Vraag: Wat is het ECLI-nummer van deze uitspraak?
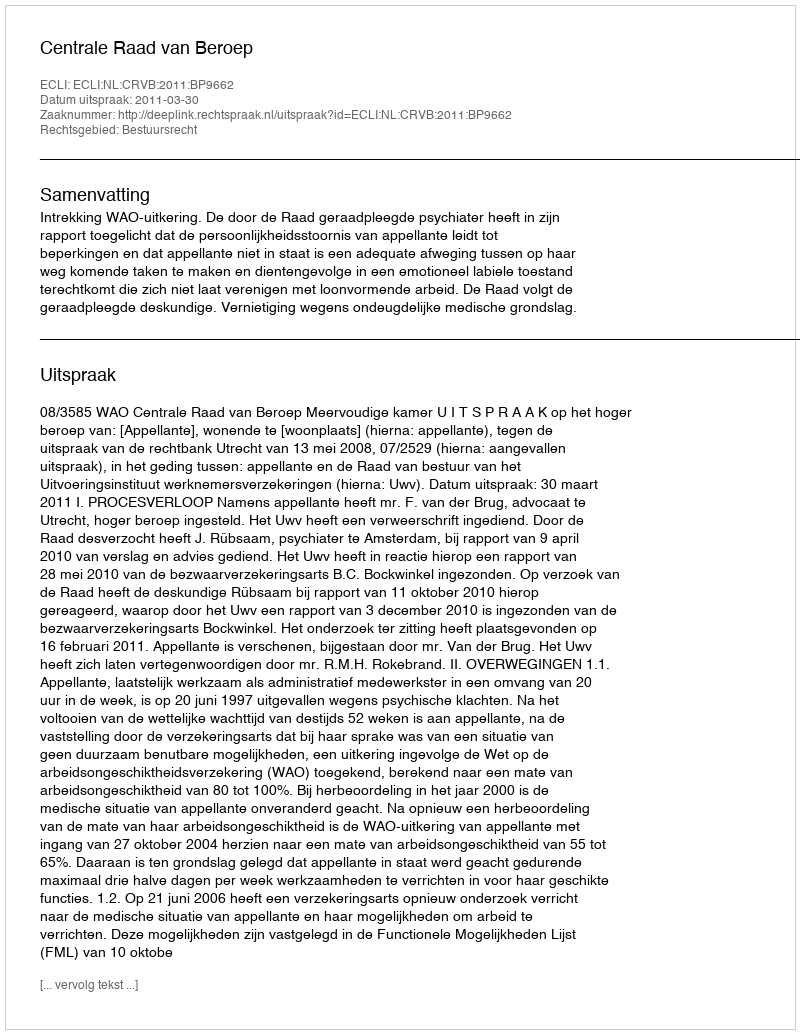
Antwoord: ECLI:NL:CRVB:2011:BP9662